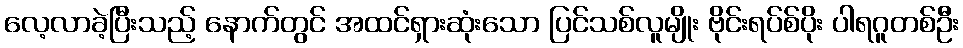
လေ့လာခဲ့ပြီးသည့် နောက်တွင် အထင်ရှားဆုံးသော ပြင်သစ်လူမျိုး ဗိုင်းရပ်စ်ပိုး ပါရဂူတစ်ဦး